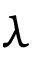
\lambda